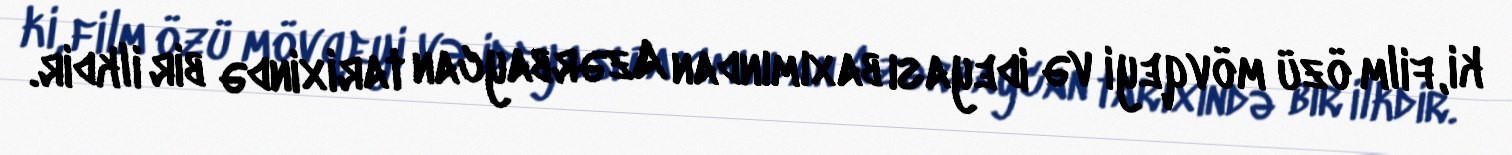
ki, film özü mövqeyi və ideyası baxımından Azərbaycan tarixində bir ilkdir.